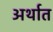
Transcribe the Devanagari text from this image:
अर्थात